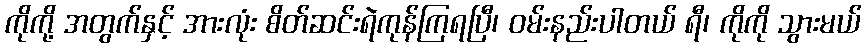
ကိုကို့ အတွက်နှင့် အားလုံး စိတ်ဆင်းရဲကုန်ကြရပြီ၊ ဝမ်းနည်းပါတယ် ရီ၊ ကိုကို သွားမယ်